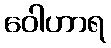
ဝေါဟာရ